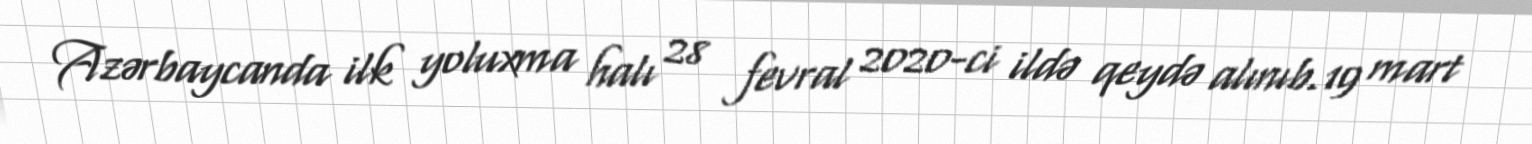
Azərbaycanda ilk yoluxma halı 28 fevral 2020-ci ildə qeydə alınıb.19 mart